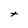
Character: t